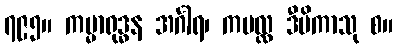
၇၉၅။ ကမ္မာရုဒ္ဓန အင်္ဂါရ၊ ကပလ္လ ဒီပိကာသု စ။